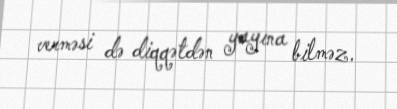
verməsi də diqqətdən yayına bilməz.